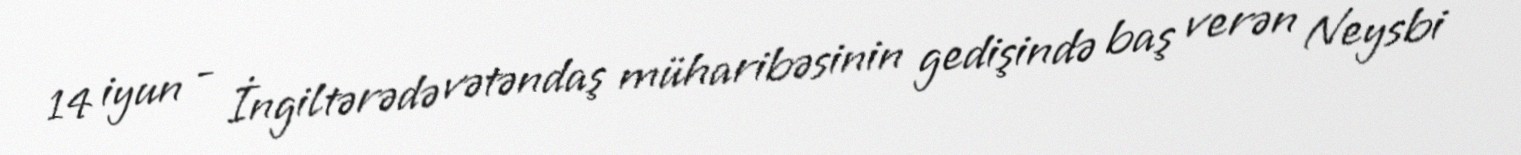
14 iyun - İngiltərədə vətəndaş müharibəsinin gedişində baş verən Neysbi